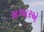
સરદારએ